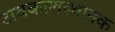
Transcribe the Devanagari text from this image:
अवकाशस्थानक